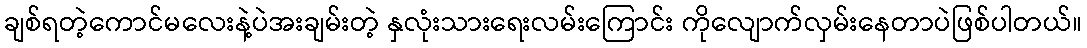
ချစ်ရတဲ့ကောင်မလေးနဲ့ပဲအးချမ်းတဲ့ နှလုံးသားရေးလမ်းကြောင်း ကိုလျောက်လှမ်းနေတာပဲဖြစ်ပါတယ်။